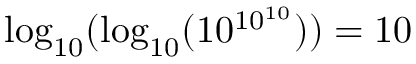
\log _ { 1 0 } ( \log _ { 1 0 } ( 1 0 ^ { 1 0 ^ { 1 0 } } ) ) = 1 0